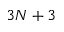
3 N + 3